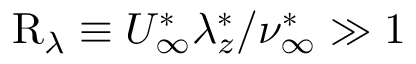
\mathrm { R } _ { \lambda } \equiv U _ { \infty } ^ { \ast } \lambda _ { z } ^ { \ast } / \nu _ { \infty } ^ { \ast } \gg 1